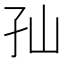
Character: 𱙵